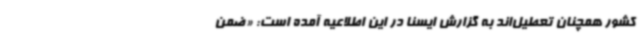
کشور همچنان تعطیل‌اند به گزارش ایسنا در این اطلاعیه آمده است: «ضمن